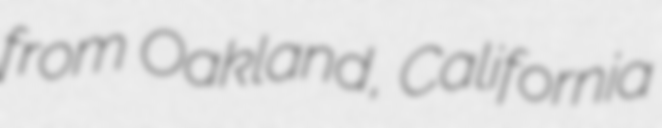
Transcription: from Oakland, California